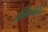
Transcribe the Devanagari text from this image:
अगिन्कोर्ट